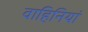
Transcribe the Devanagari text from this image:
वाहिनियां